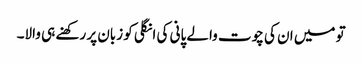
تو میں ان کی چوت والے پانی کی انگلی کو زبان پر رکھنے ہی والا۔